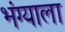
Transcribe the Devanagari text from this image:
भंग्याला